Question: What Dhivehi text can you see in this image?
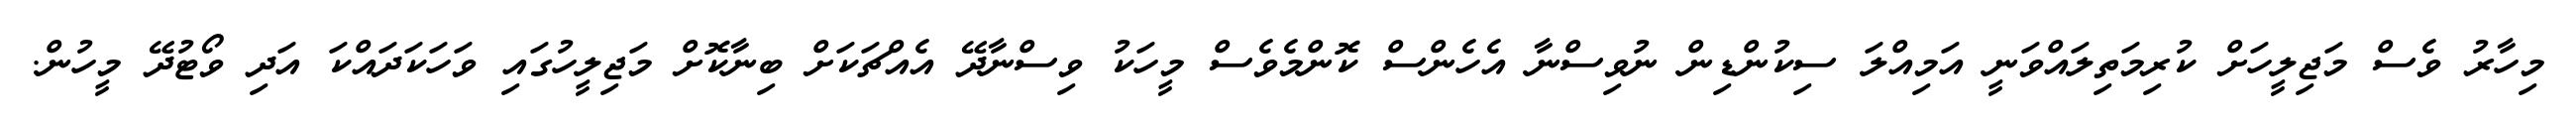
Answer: މިހާރު ވެސް މަޖިލީހަށް ކުރިމަތިލައްވަނީ އަމިއްލަ ސިކުންޑިން ނުވިސްނާ އެހެންސް ކޮންމެވެސް މީހަކު ވިސްނާދޭ އެއްޗަކަށް ބިނާކޮށް މަޖިލީހުގައި ވަހަކަދައްކަ އަދި ވޯޓުދޭ މީހުން.